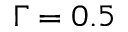
\Gamma = 0 . 5